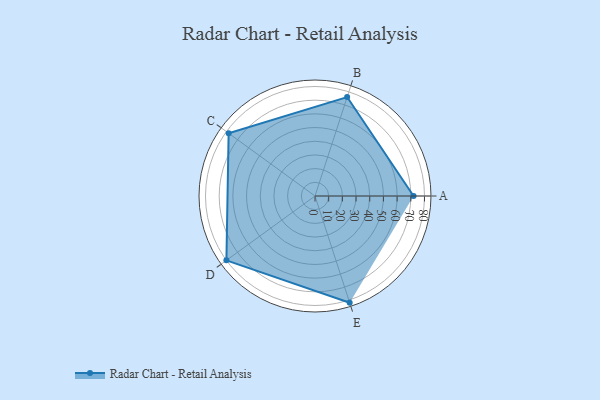
{"axis": {"x": "Skill", "y": "Score"}, "legend": ["Profile"], "data": [{"x": "A", "y": 72.0, "type": "Profile"}, {"x": "B", "y": 76.0, "type": "Profile"}, {"x": "C", "y": 78.0, "type": "Profile"}, {"x": "D", "y": 80.0, "type": "Profile"}, {"x": "E", "y": 82.0, "type": "Profile"}]}